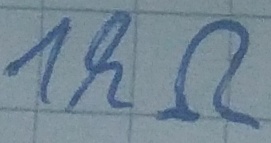
Text: 1kΩ